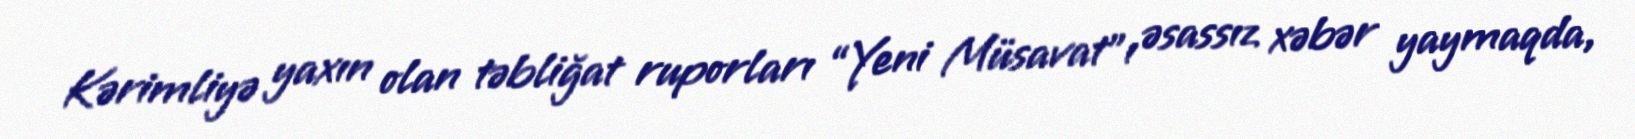
Kərimliyə yaxın olan təbliğat ruporları “Yeni Müsavat”ı əsassız xəbər yaymaqda,